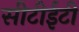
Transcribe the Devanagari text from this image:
सीटीईटी